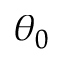
\theta _ { 0 }